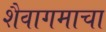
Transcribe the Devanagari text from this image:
शैवागमाचा